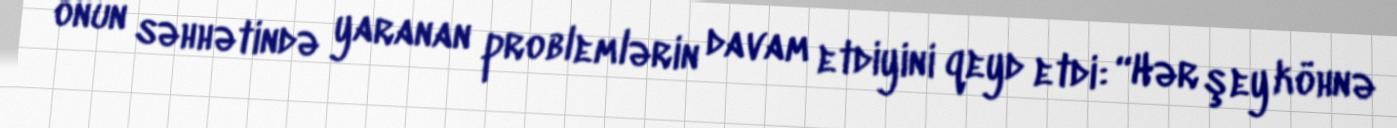
onun səhhətində yaranan problemlərin davam etdiyini qeyd etdi: “Hər şey köhnə